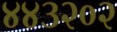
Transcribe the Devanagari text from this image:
४४३२०२